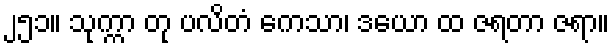
၂၅၁။ သုက္ကာ တု ပလိတံ ကေသာ၊ ဒယော ထ ဇရတာ ဇရာ။